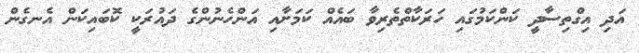
އަދި އިގްތިސާދީ ކަންކަމުގައި ހަރަކާތްތެރިވާ ބައެއް ކަމަށާއި އަންހެނުންގެ ދައުރަކީ ކޮބައިކަން އެނގެން